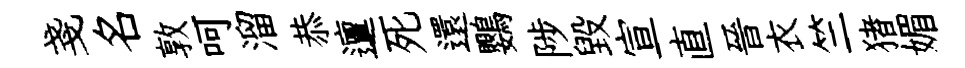
戔名敦呵溜恭邅死還鸚陟毁宣直晉衣竺猪媚